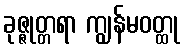
ခုဇ္ဇုတ္တရာ ကျွန်မဝတ္ထု